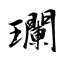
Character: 瓓